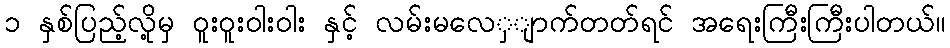
၁ နှစ်ပြည့်လို့မှ ၀ူးဝူးဝါးဝါး နှင့် လမ်းမလေှျာက်တတ်ရင် အရေးကြီးကြီးပါတယ်။